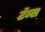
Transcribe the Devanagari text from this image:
टॅब्स